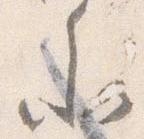
参